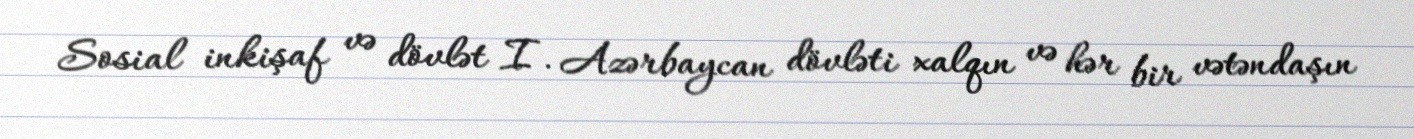
Sosial inkişaf və dövlət I. Azərbaycan dövləti xalqın və hər bir vətəndaşın